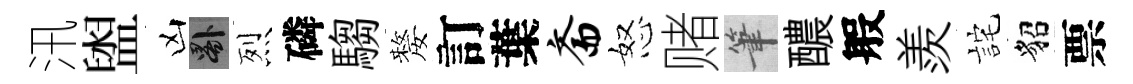
汛盥凶晷烈磷騶嫠訂葉斋怒赌筆醲般羨詫貂票